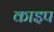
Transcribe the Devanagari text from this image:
काइप